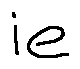
i e